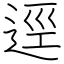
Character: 逕